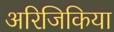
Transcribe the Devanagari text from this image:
अरिजिकिया